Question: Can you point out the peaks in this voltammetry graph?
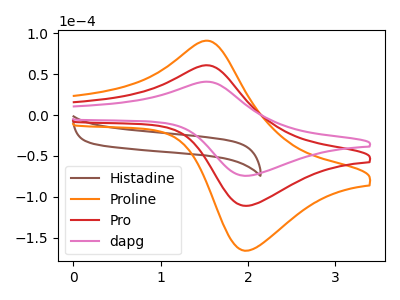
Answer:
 <answer>The brown curve "Histadine" has no peaks. The orange curve "Proline" has an anodic peak at (1.50V, 121.40uA) and a cathodic peak at (2.00V, -221.85uA). The red curve "Pro" has an anodic peak at (1.50V, 60.70uA) and a cathodic peak at (2.00V, -110.90uA). The pink curve "dapg" has an anodic peak at (1.50V, 40.65uA) and a cathodic peak at (2.00V, -74.25uA).</answer>
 <eval></eval>